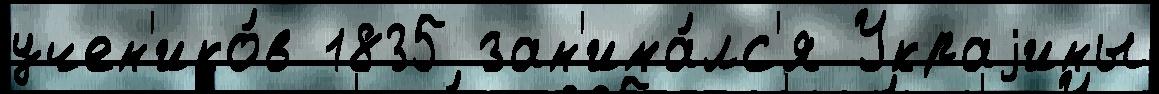
учен'ико́в 1835 зан'има́лс'я Украjины